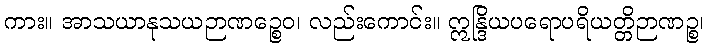
ကား။ အာသယာနုသယဉာဏဉ္စေဝ၊ လည်းကောင်း။ ဣန္ဒြိယပရောပရိယတ္တိဉာဏဉ္စ၊